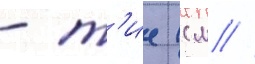
- т'ие (см //